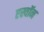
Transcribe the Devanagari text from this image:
एस्वॉन